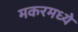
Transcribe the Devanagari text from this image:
मकरमध्ये